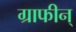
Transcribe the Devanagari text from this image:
ग्राफीन्